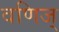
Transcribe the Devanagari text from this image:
वणिज्